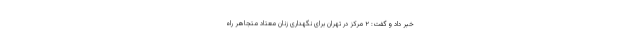
خبر داد و گفت: ۲ مرکز در تهران برای نگهداری زنان معتاد متجاهر راه